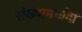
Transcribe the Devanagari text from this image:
संख्यामर्यादा